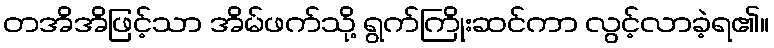
တအိအိဖြင့်သာ အိမ်ဖက်သို့ ရွက်ကြိုးဆင်ကာ လွင့်လာခဲ့ရ၏။